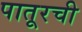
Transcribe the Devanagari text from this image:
पातूरची